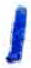
אות: ן